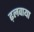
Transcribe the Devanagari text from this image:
ढ़लवाया